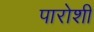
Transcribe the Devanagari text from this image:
पारोशी